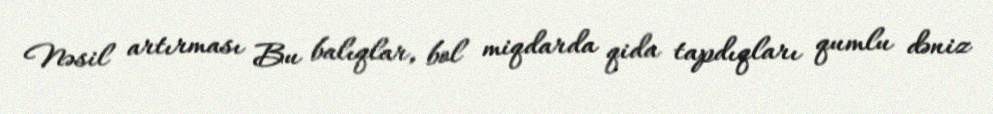
Nəsil artırması Bu balıqlar, bol miqdarda qida tapdıqları qumlu dəniz